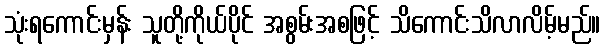
သုံးရကောင်းမှန်း သူတို့ကိုယ်ပိုင် အစွမ်းအစဖြင့် သိကောင်းသိလာလိမ့်မည်။